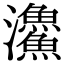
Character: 𩼪